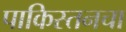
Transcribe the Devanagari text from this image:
पाकिस्तनचा